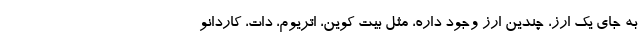
به جای یک ارز، چندین ارز وجود داره، مثل بیت کوین، اتریوم، دات، کاردانو